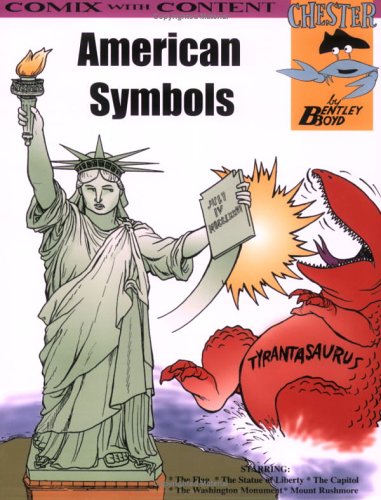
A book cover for American Symbols (Chester the Crab's Comics with Content Series); Bentley Boyd; Children's Books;